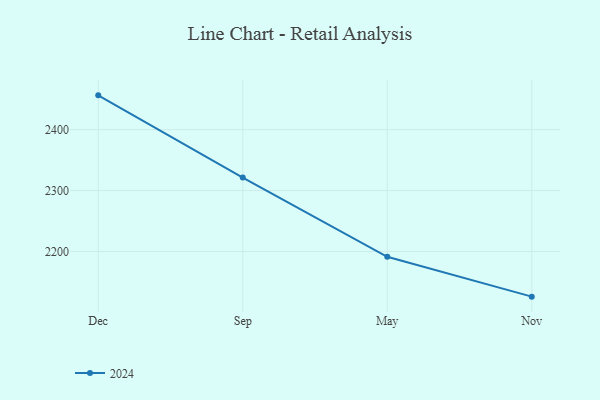
{"axis": {"x": "Month", "y": "Production Output"}, "legend": ["2024"], "data": [{"x": "Dec", "y": 2456.3, "type": "2024"}, {"x": "Sep", "y": 2321.3, "type": "2024"}, {"x": "May", "y": 2191.2, "type": "2024"}, {"x": "Nov", "y": 2125.8, "type": "2024"}]}